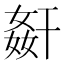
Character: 𭒋